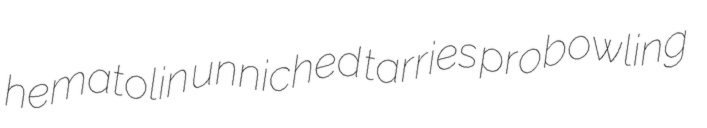
hematolin unniched tarries probowling